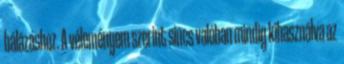
bálázáshoz. A véleményem szerint sincs valóban mindig kihasználva az